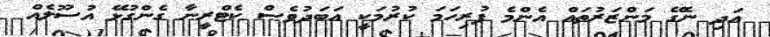
އަދި ނެގޭ މަންޒަރުތައް އެންމެ ފުރިހަމަ ކުރުމަކީ އަބަދުވެސް ކެޓްރީނާ ގެންގުޅޭ އުސޫލެއް